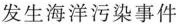
发生海洋污染事件